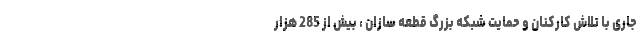
جاری با تلاش کارکنان و حمایت شبکه بزرگ قطعه سازان ، بیش از 285 هزار